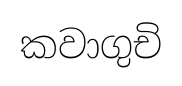
කවාගුචි